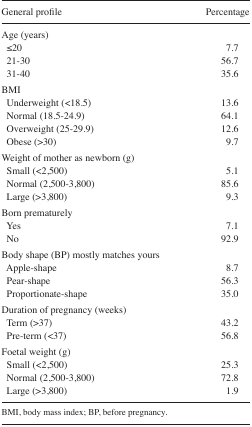
<table><thead><tr><td><b>General profile</b></td><td><b>Percentage</b></td></tr></thead><tbody><tr><td>Age (years)</td><td></td></tr><tr><td>≤20</td><td>7.7</td></tr><tr><td>21–30</td><td>56.7</td></tr><tr><td>31–40</td><td>35.6</td></tr><tr><td>BMI</td><td></td></tr><tr><td>Underweight (&lt;18.5)</td><td>13.6</td></tr><tr><td>Normal (18.5–24.9)</td><td>64.1</td></tr><tr><td>Overweight (25–29.9)</td><td>12.6</td></tr><tr><td>Obese (&gt;30)</td><td>9.7</td></tr><tr><td>Weight of mother as newborn (g)</td><td></td></tr><tr><td>Small (&lt;2,500)</td><td>5.1</td></tr><tr><td>Normal (2,500–3,800)</td><td>85.6</td></tr><tr><td>Large (&gt;3,800)</td><td>9.3</td></tr><tr><td>Born prematurely</td><td></td></tr><tr><td>Yes</td><td>7.1</td></tr><tr><td>No</td><td>92.9</td></tr><tr><td>Body shape (BP) mostly matches yours</td><td></td></tr><tr><td>Apple-shape</td><td>8.7</td></tr><tr><td>Pear-shape</td><td>56.3</td></tr><tr><td>Proportionate-shape</td><td>35.0</td></tr><tr><td>Duration of pregnancy (weeks)</td><td></td></tr><tr><td>Term (&gt;37)</td><td>43.2</td></tr><tr><td>Pre-term (&lt;37)</td><td>56.8</td></tr><tr><td>Foetal weight (g)</td><td></td></tr><tr><td>Small (&lt;2,500)</td><td>25.3</td></tr><tr><td>Normal (2,500–3,800)</td><td>72.8</td></tr><tr><td>Large (&gt;3,800)</td><td>1.9</td></tr></tbody></table>